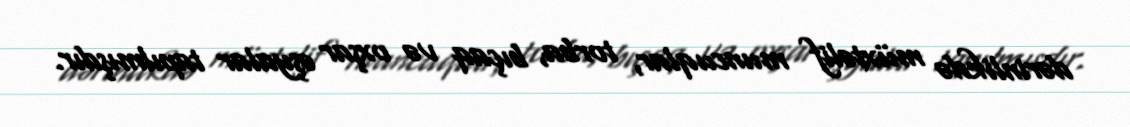
dərinlikdə müxtəlif muncuqlar, torba, bıçaq və oxşar əşyalar tapılmışdır.